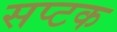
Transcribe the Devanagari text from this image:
सप्टक